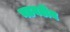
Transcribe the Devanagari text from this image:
गडबडीन